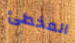
المخطئ